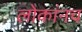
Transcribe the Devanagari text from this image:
लोकांनच